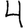
Digit: 4